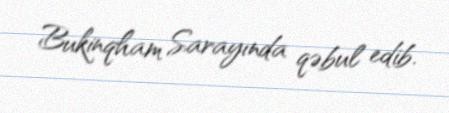
Bukinqham Sarayında qəbul edib.